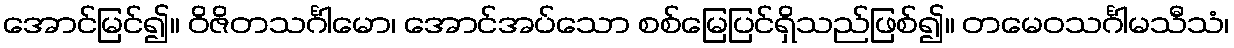
အောင်မြင်၍။ ဝိဇိတသင်္ဂါမော၊ အောင်အပ်သော စစ်မြေပြင်ရှိသည်ဖြစ်၍။ တမေဝသင်္ဂါမသီသံ၊